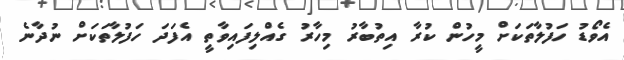
އެވޯޑު ހަފުލާތަކަށް މީހުން ކުރާ އިތުބާރު މިހާރު ގެއްލިފައިވާތީ އެފަދަ ހަފުލާތަކަށް ނުދާނެ